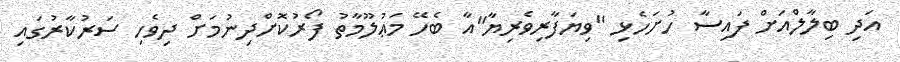
އަދި ބިލާލްއަށް ފައިސާ ހުށަހެޅި "ވިޔަފާރިވެރިޔާ"އާ ބެހޭ މަޢުލޫމާތު ފޯރުކޮށްދިނުމަށް ދިވެހި ސަރުކާރުގައި